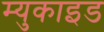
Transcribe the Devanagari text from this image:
म्युकाइड